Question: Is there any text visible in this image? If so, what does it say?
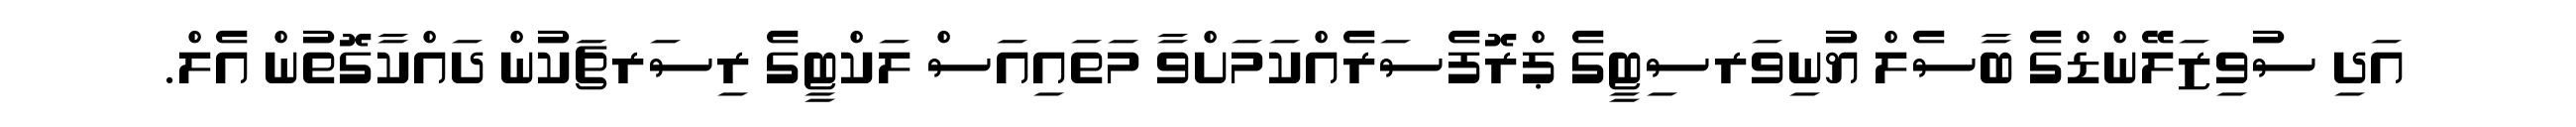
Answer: އަދި ސުވިޒަލޭންޑްގެ ބާސެލް ޔުނިވަރސިޓީގެ ޕްރޮފެސަރެއްކަމަށްވާ މަތައިއަސް ލަކްޓީގެ ރިސަރޗަކުން ދައްކާގޮތުން އެލް.